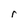
Character: r